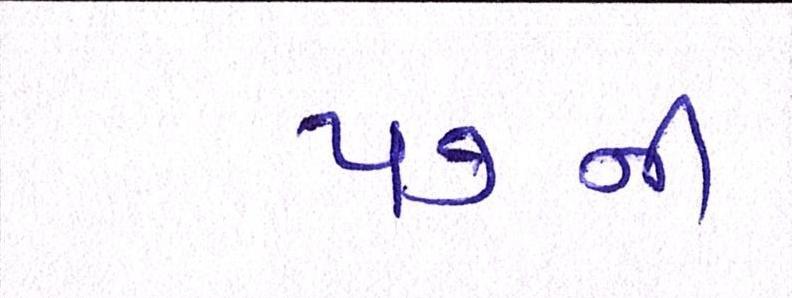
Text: ૫૭ની